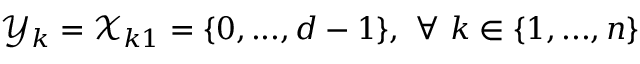
\mathcal { Y } _ { k } = \mathcal { X } _ { k 1 } = \{ 0 , . . . , d - 1 \} , ~ \forall ~ k \in \{ 1 , . . . , n \}